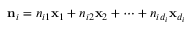
{ \bf n } _ { i } = n _ { i 1 } { \bf x } _ { 1 } + n _ { i 2 } { \bf x } _ { 2 } + \cdots + n _ { i d _ { i } } { \bf x } _ { d _ { i } }